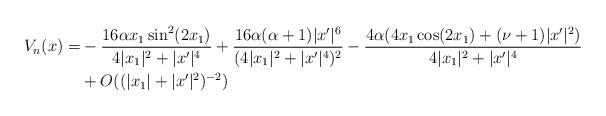
LaTeX: \begin{align*}V_n(x) = & - \frac{16\alpha x_1 \sin^2 (2x_1)}{4 |x_1|^2+|x'|^4} + \frac{16\alpha(\alpha+1)|x'|^6}{(4 |x_1|^2+|x'|^4)^2} - \frac{4\alpha ( 4x_1 \cos(2x_1) + (\nu+1)|x'|^2)}{4 |x_1|^2+|x'|^4} \\& + O((|x_1|+|x'|^2)^{-2})\end{align*}